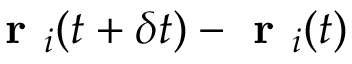
\textbf { r } _ { i } ( t + \delta t ) - \textbf { r } _ { i } ( t )